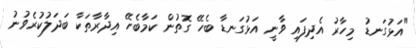
"އަޅުގަނޑު މިހާރު އެދިފައި ވާނީ އަޅުގަނޑާ ބެހޭ ގޮތުން ކަމާބެހޭ އިދާރާތަކާ ބަދަލުކުރެވުނު